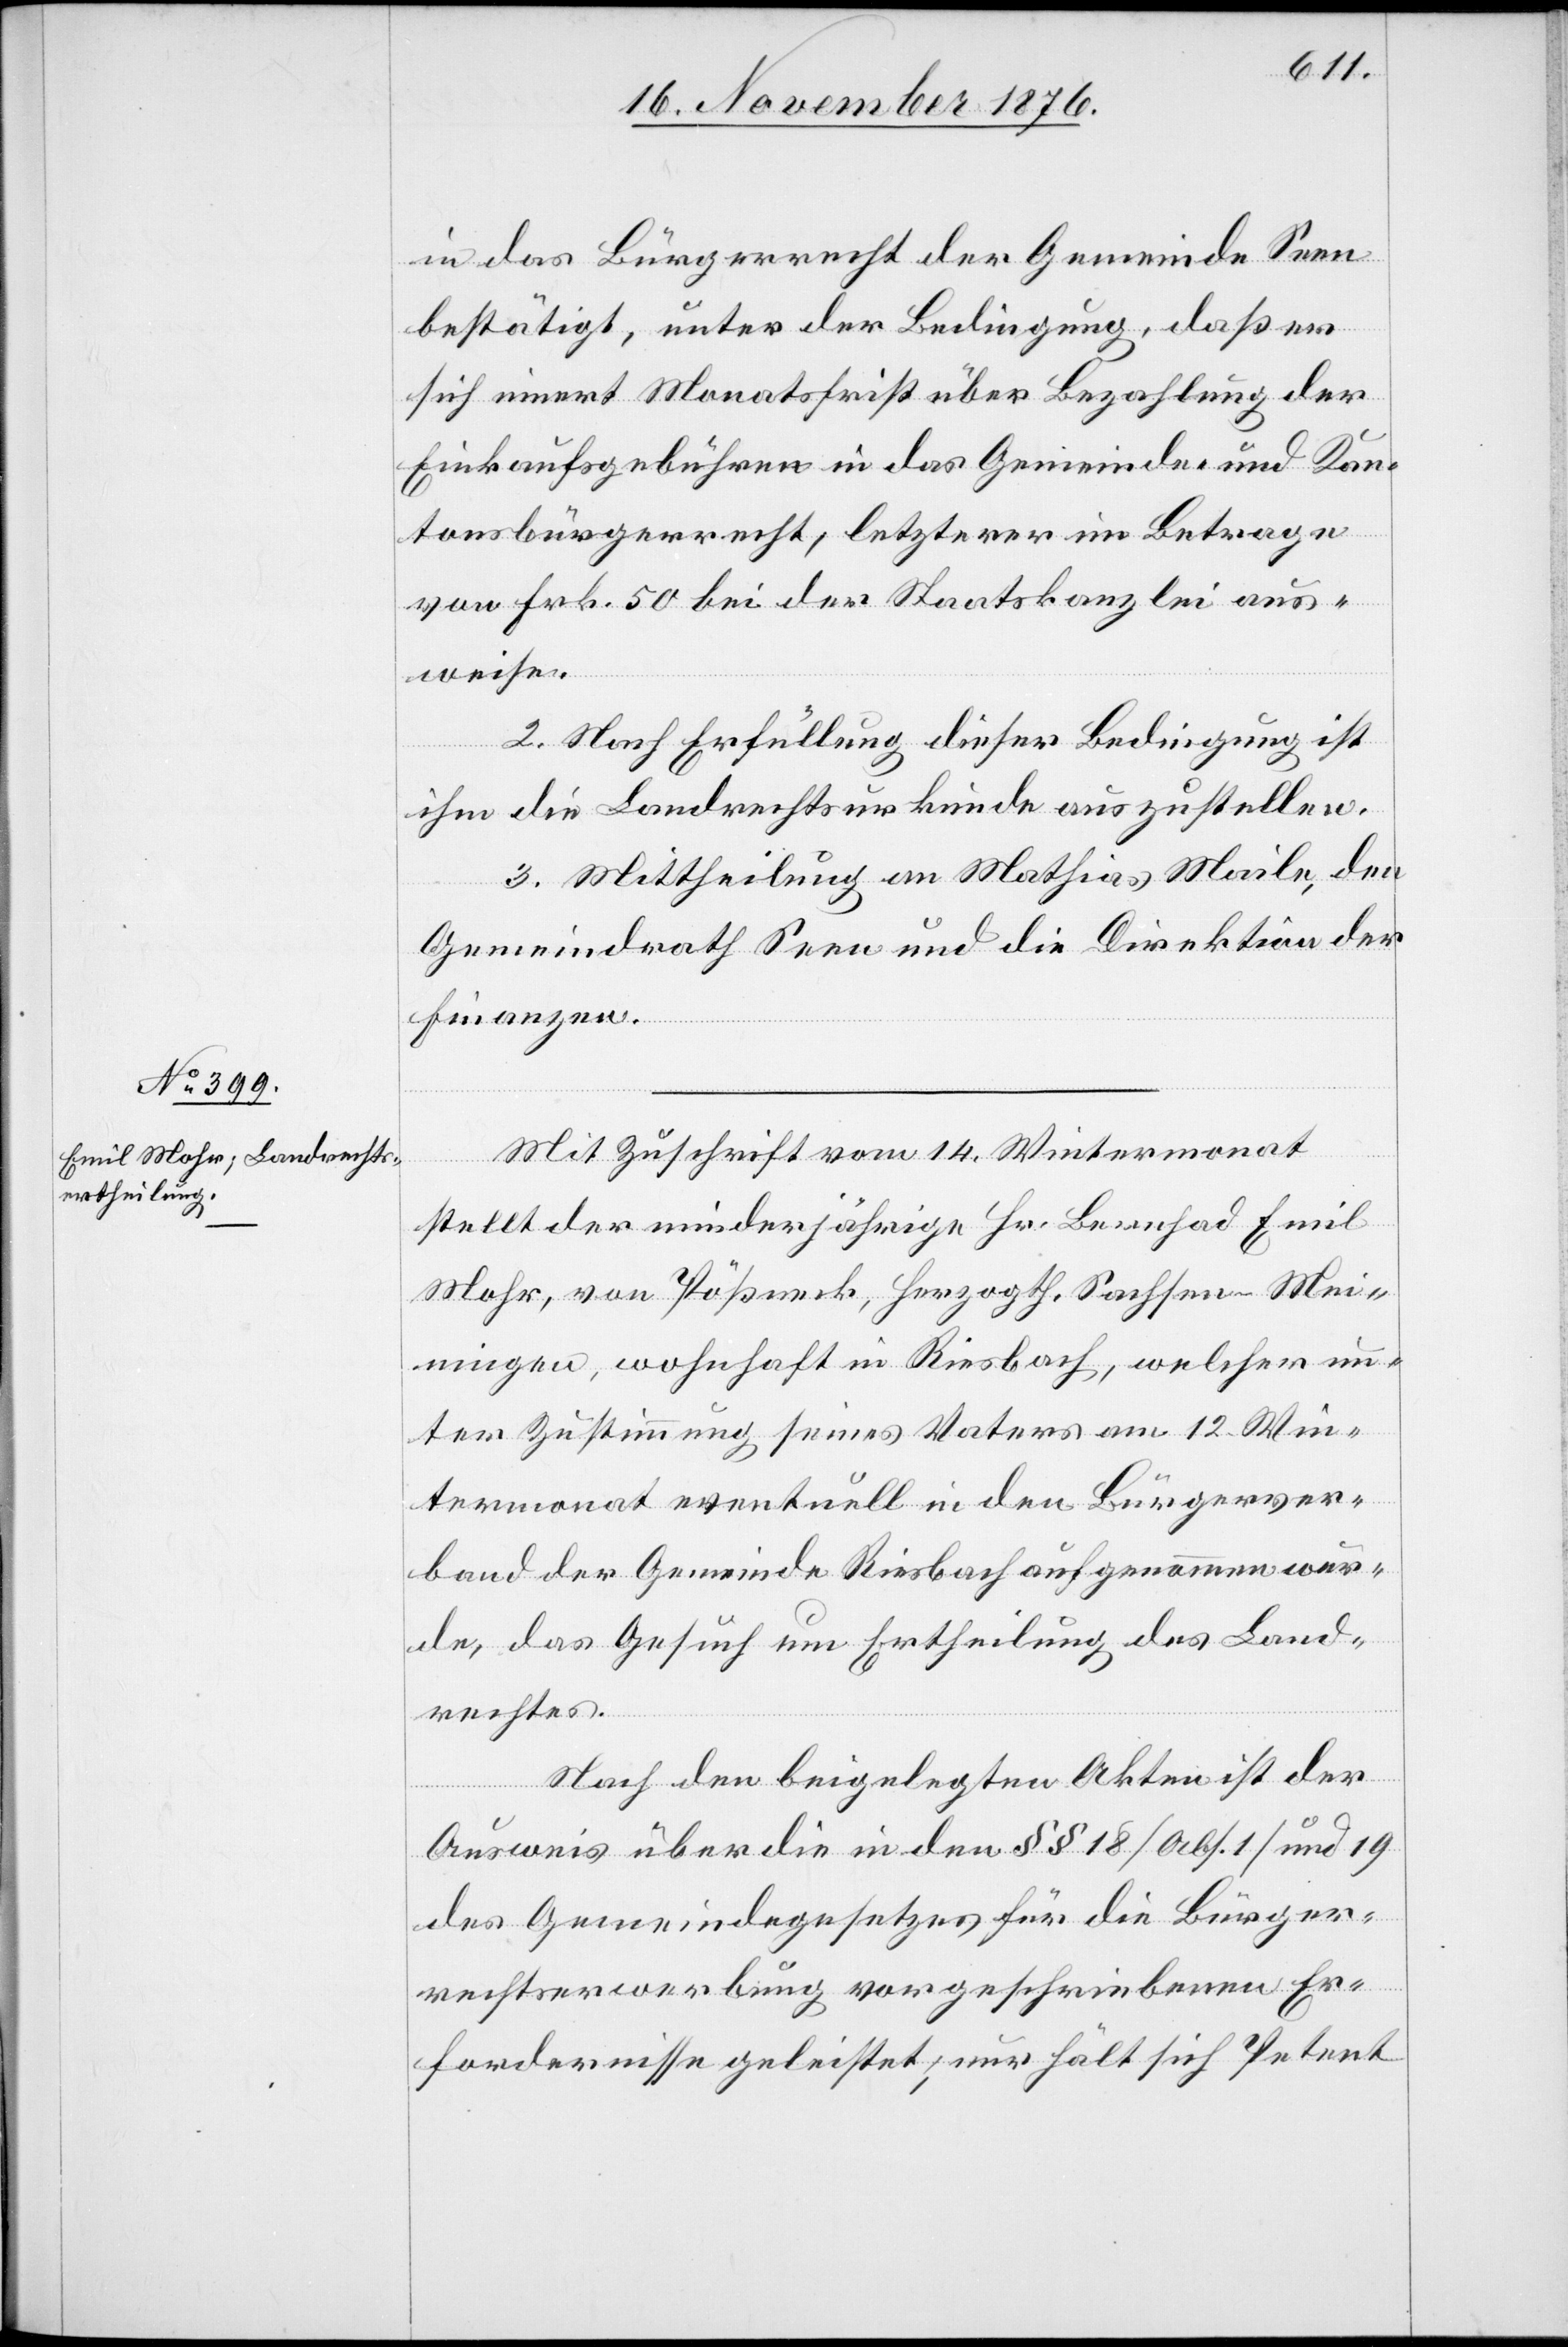
in das Bürgerrecht der Gemeinde Seen
bestätigt, unter der Bedingung, daß er
sich innert Monatsfrist über Bezahlung der
Einkaufsgebühren in das Gemeinde- und Kan¬
tonsbürgerrecht, letzterer im Betrage
von Frk. 50 bei der Staatskanzlei aus¬
weise.
2. Nach Erfüllung dieser Bedingung ist
ihm die Landrechtsurkunde auszustellen.
3. Mittheilung an Mathias Maile, den
Gemeindrath Seen und die Direktion der
Finanzen.